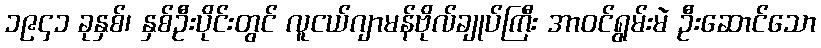
၁၉၄၁ ခုနှစ်၊ နှစ်ဦးပိုင်းတွင် လူငယ်ဂျာမန်ဗိုလ်ချုပ်ကြီး အာဝင်ရွမ်းမဲ ဦးဆောင်သော